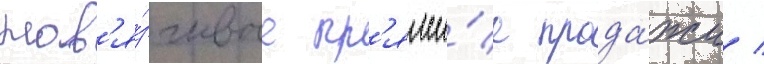
нав'я́зчивые пр'ямы́е прода́жи /